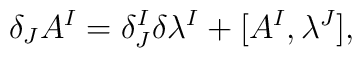
\delta_{J}A^{I}=\delta^{I}_{J}\delta\lambda^{I}+[A^{I},\lambda^{J}],